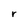
Character: r